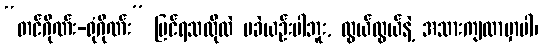
“တင်ဂိုဏ်း-ရုံဂိုဏ်း” ပြင်ရသလိုလဲ မခဲယဉ်းပါဘူး, လွယ်လွယ်နဲ့ အသားကျလာမှာပါ၊